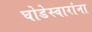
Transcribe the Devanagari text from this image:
घोडेस्वारांना